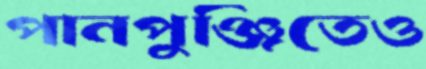
পানপুঞ্জিতেও